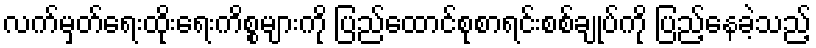
လက်မှတ်ရေးထိုးရေးကိစ္စများကို ပြည်ထောင်စုစာရင်းစစ်ချုပ်ကို ပြည့်နေခဲ့သည့်